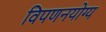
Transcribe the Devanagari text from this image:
विपणनयोग्य